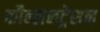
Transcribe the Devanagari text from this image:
कौन्सनट्रेशन